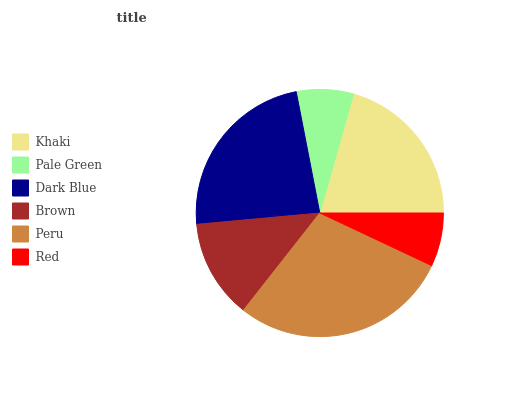
| Khaki | Pale Green | Dark Blue | Brown | Peru | Red |
 | --- | --- | --- | --- | --- | --- |
 | 20.5% | 7.45% | 23.4% | 12.9% | 28.7% | 7.01% |